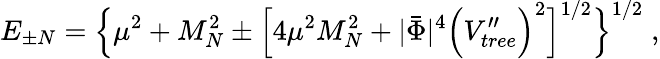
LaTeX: E_{\pm N}=\Big\lbrace\mu^{2}+M_{N}^{2}\pm\Big\lbrack 4\mu^{2}M_{N}^{2}+|\bar{\Phi}|^{4}\Big(V_{tree}^{\prime\prime}\Big)^{2}\Big\rbrack^{1/2}\Big\rbrace^{1/2}\; ,